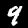
Label: 9